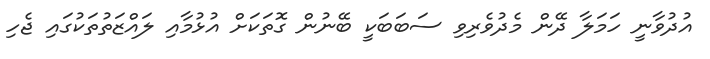
އުދުވާނީ ހަމަލާ ދޭން މެދުވެރިވި ސަބަބަކީ ބޭނުން ގޮތަކަށް އުޅުމާއި ލައްޒަތުތަކުގައި ޖެހި